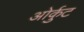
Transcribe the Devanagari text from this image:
ओर्कुट